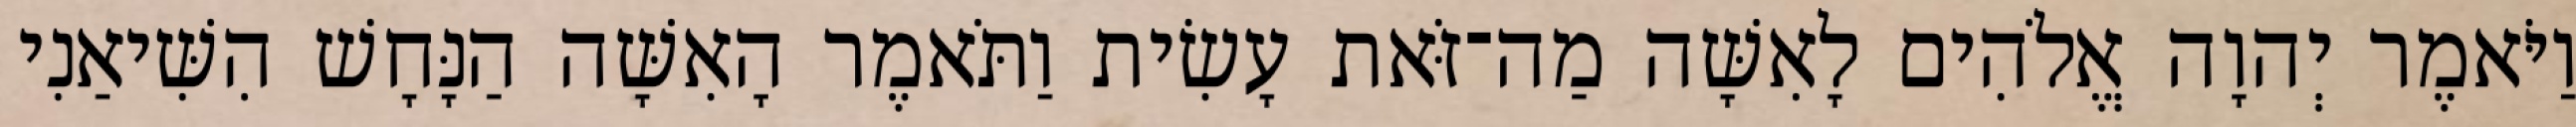
וַיֹּאמֶר יְהוָה אֱלֹהִים לָאִשָּׁה מַה־זֹּאת עָשִׂית וַתֹּאמֶר הָאִשָּׁה הַנָּחָשׁ הִשִּׁיאַנִי